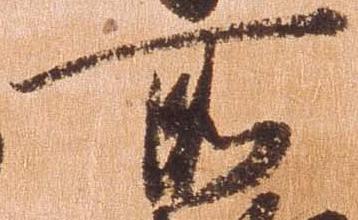
所